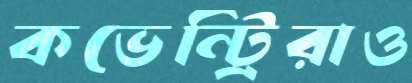
কভেন্ট্রিরাও